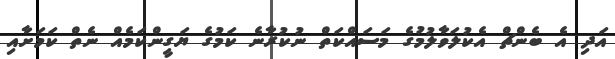
އަދި އެ ބެންޗް އެކުލަވާލުމުގެ މަސައްކަތް ނުކުރާނެ ކަމުގެ ޔަގީންކަމެއް ނެތް ކަމަށާއި